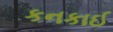
કનકાઈ